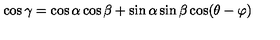
\cos \gamma = \cos \alpha \cos \beta + \sin \alpha \sin \beta \cos ( \theta - \varphi )